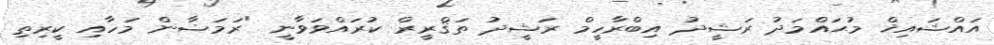
އައްޝައިޚް މުޙައްމަދު ރަޝީދު އިބްރާހީމް ރަޝީދު ތަޤްރީރް ކުރައްވަވާނީ "ރަމަޟާން މަހާއި ކީރިތި